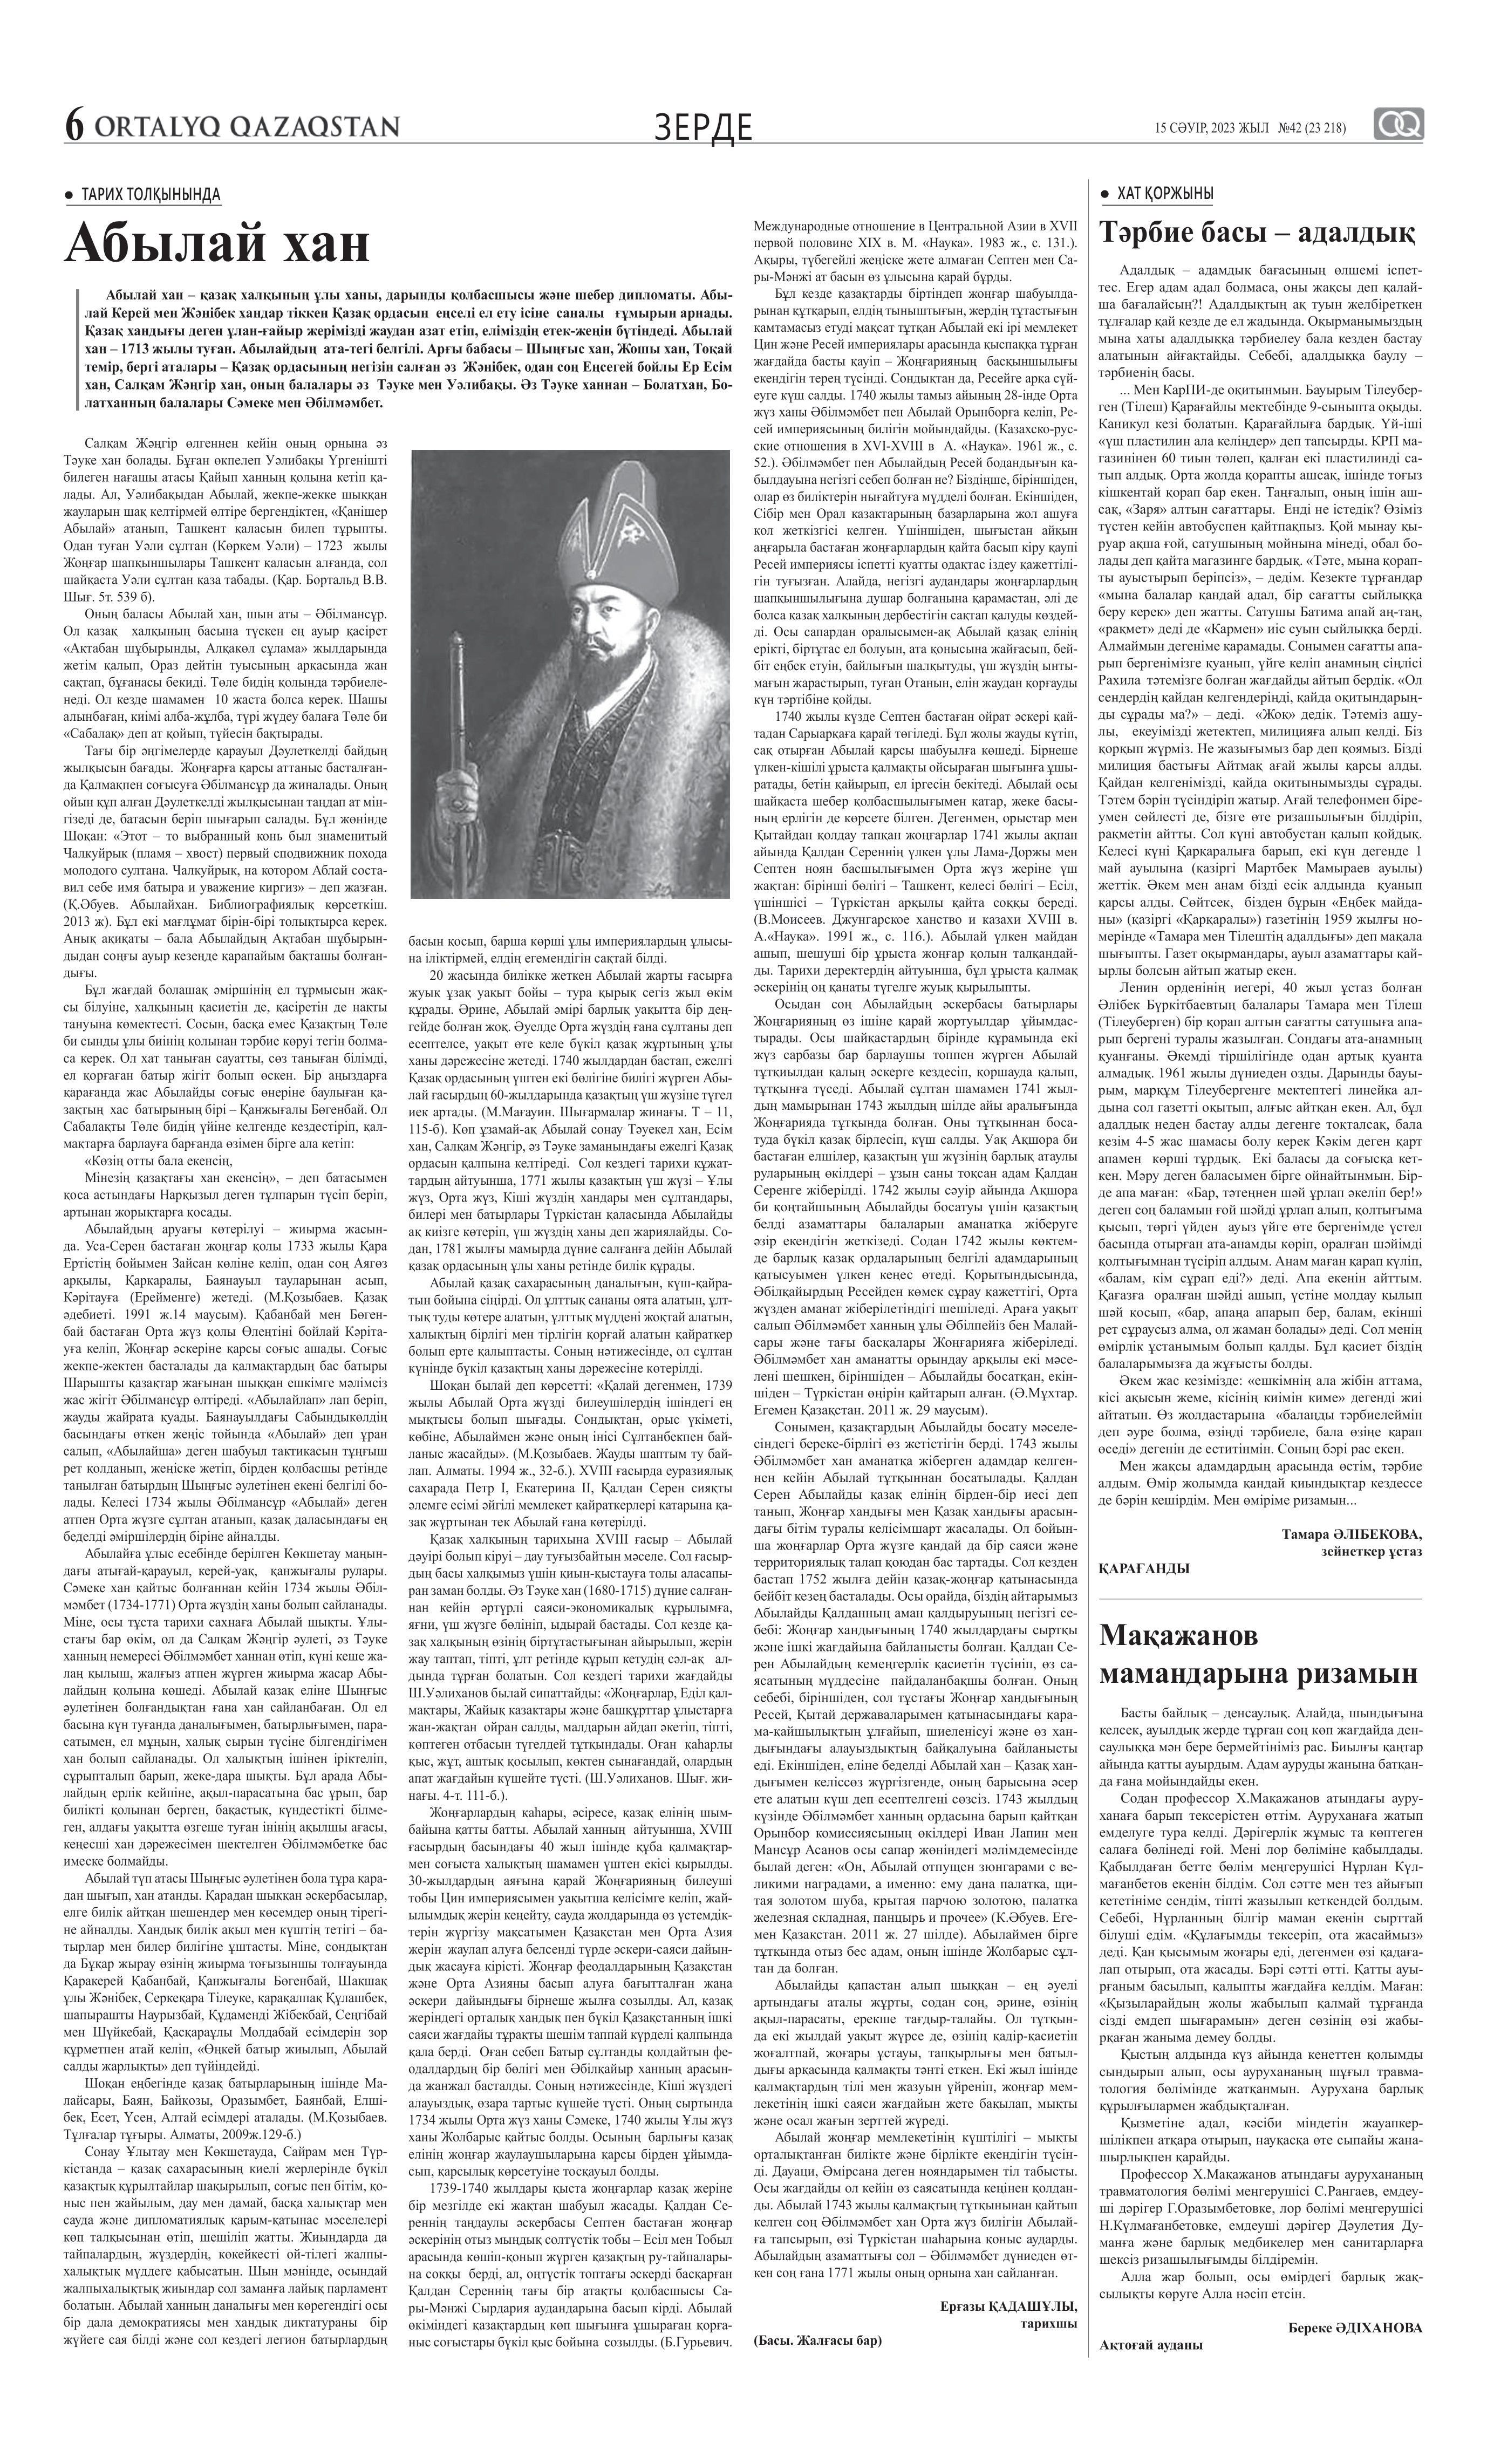
Language: kk